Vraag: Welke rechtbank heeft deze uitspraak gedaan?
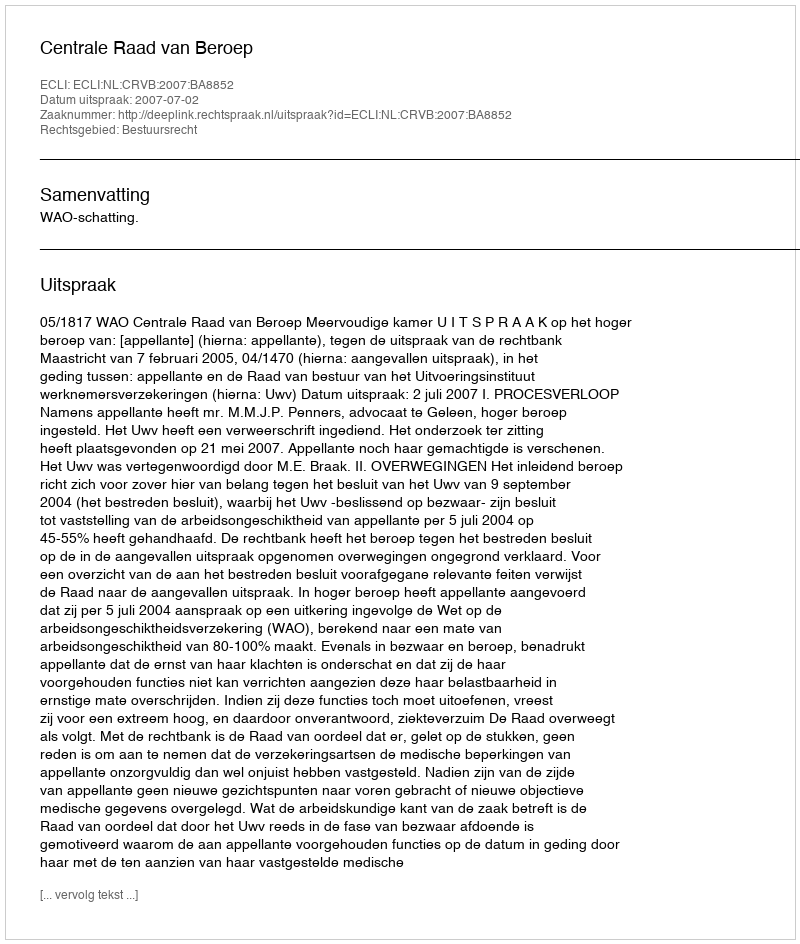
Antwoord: Centrale Raad van Beroep